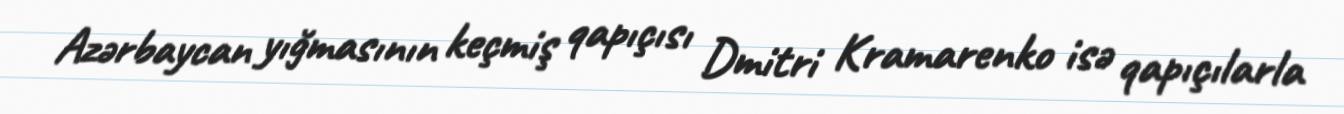
Azərbaycan yığmasının keçmiş qapıçısı Dmitri Kramarenko isə qapıçılarla